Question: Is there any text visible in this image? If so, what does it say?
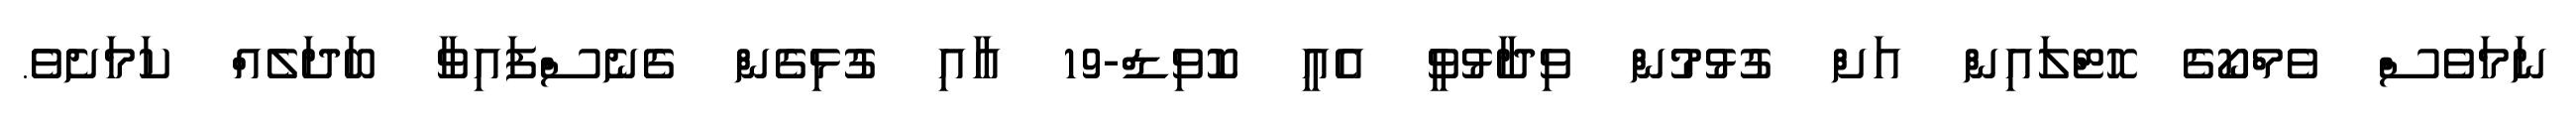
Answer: ނަމަވެސް ވެމްކޯގެ ހޮޓްލައިން އަށް ގުޅުމުން ވިދާޅުވީ އެއީ ކޮވިޑް-19 އާއި ގުޅިގެން ގެނެސްފައިވާ ބަދަލެއް ކަމަށެވެ.